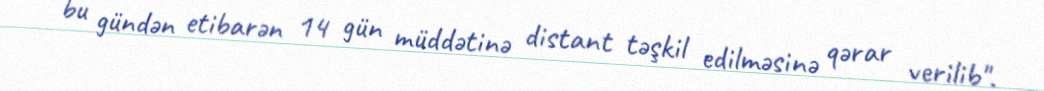
bu gündən etibarən 14 gün müddətinə distant təşkil edilməsinə qərar verilib".